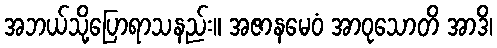
အဘယ်သို့ပြောရာသနည်း။ အဇာနမေဝံ အာဝုသောတိ အာဒိ၊